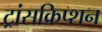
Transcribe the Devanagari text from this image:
ट्रांसक्रिप्‍शन